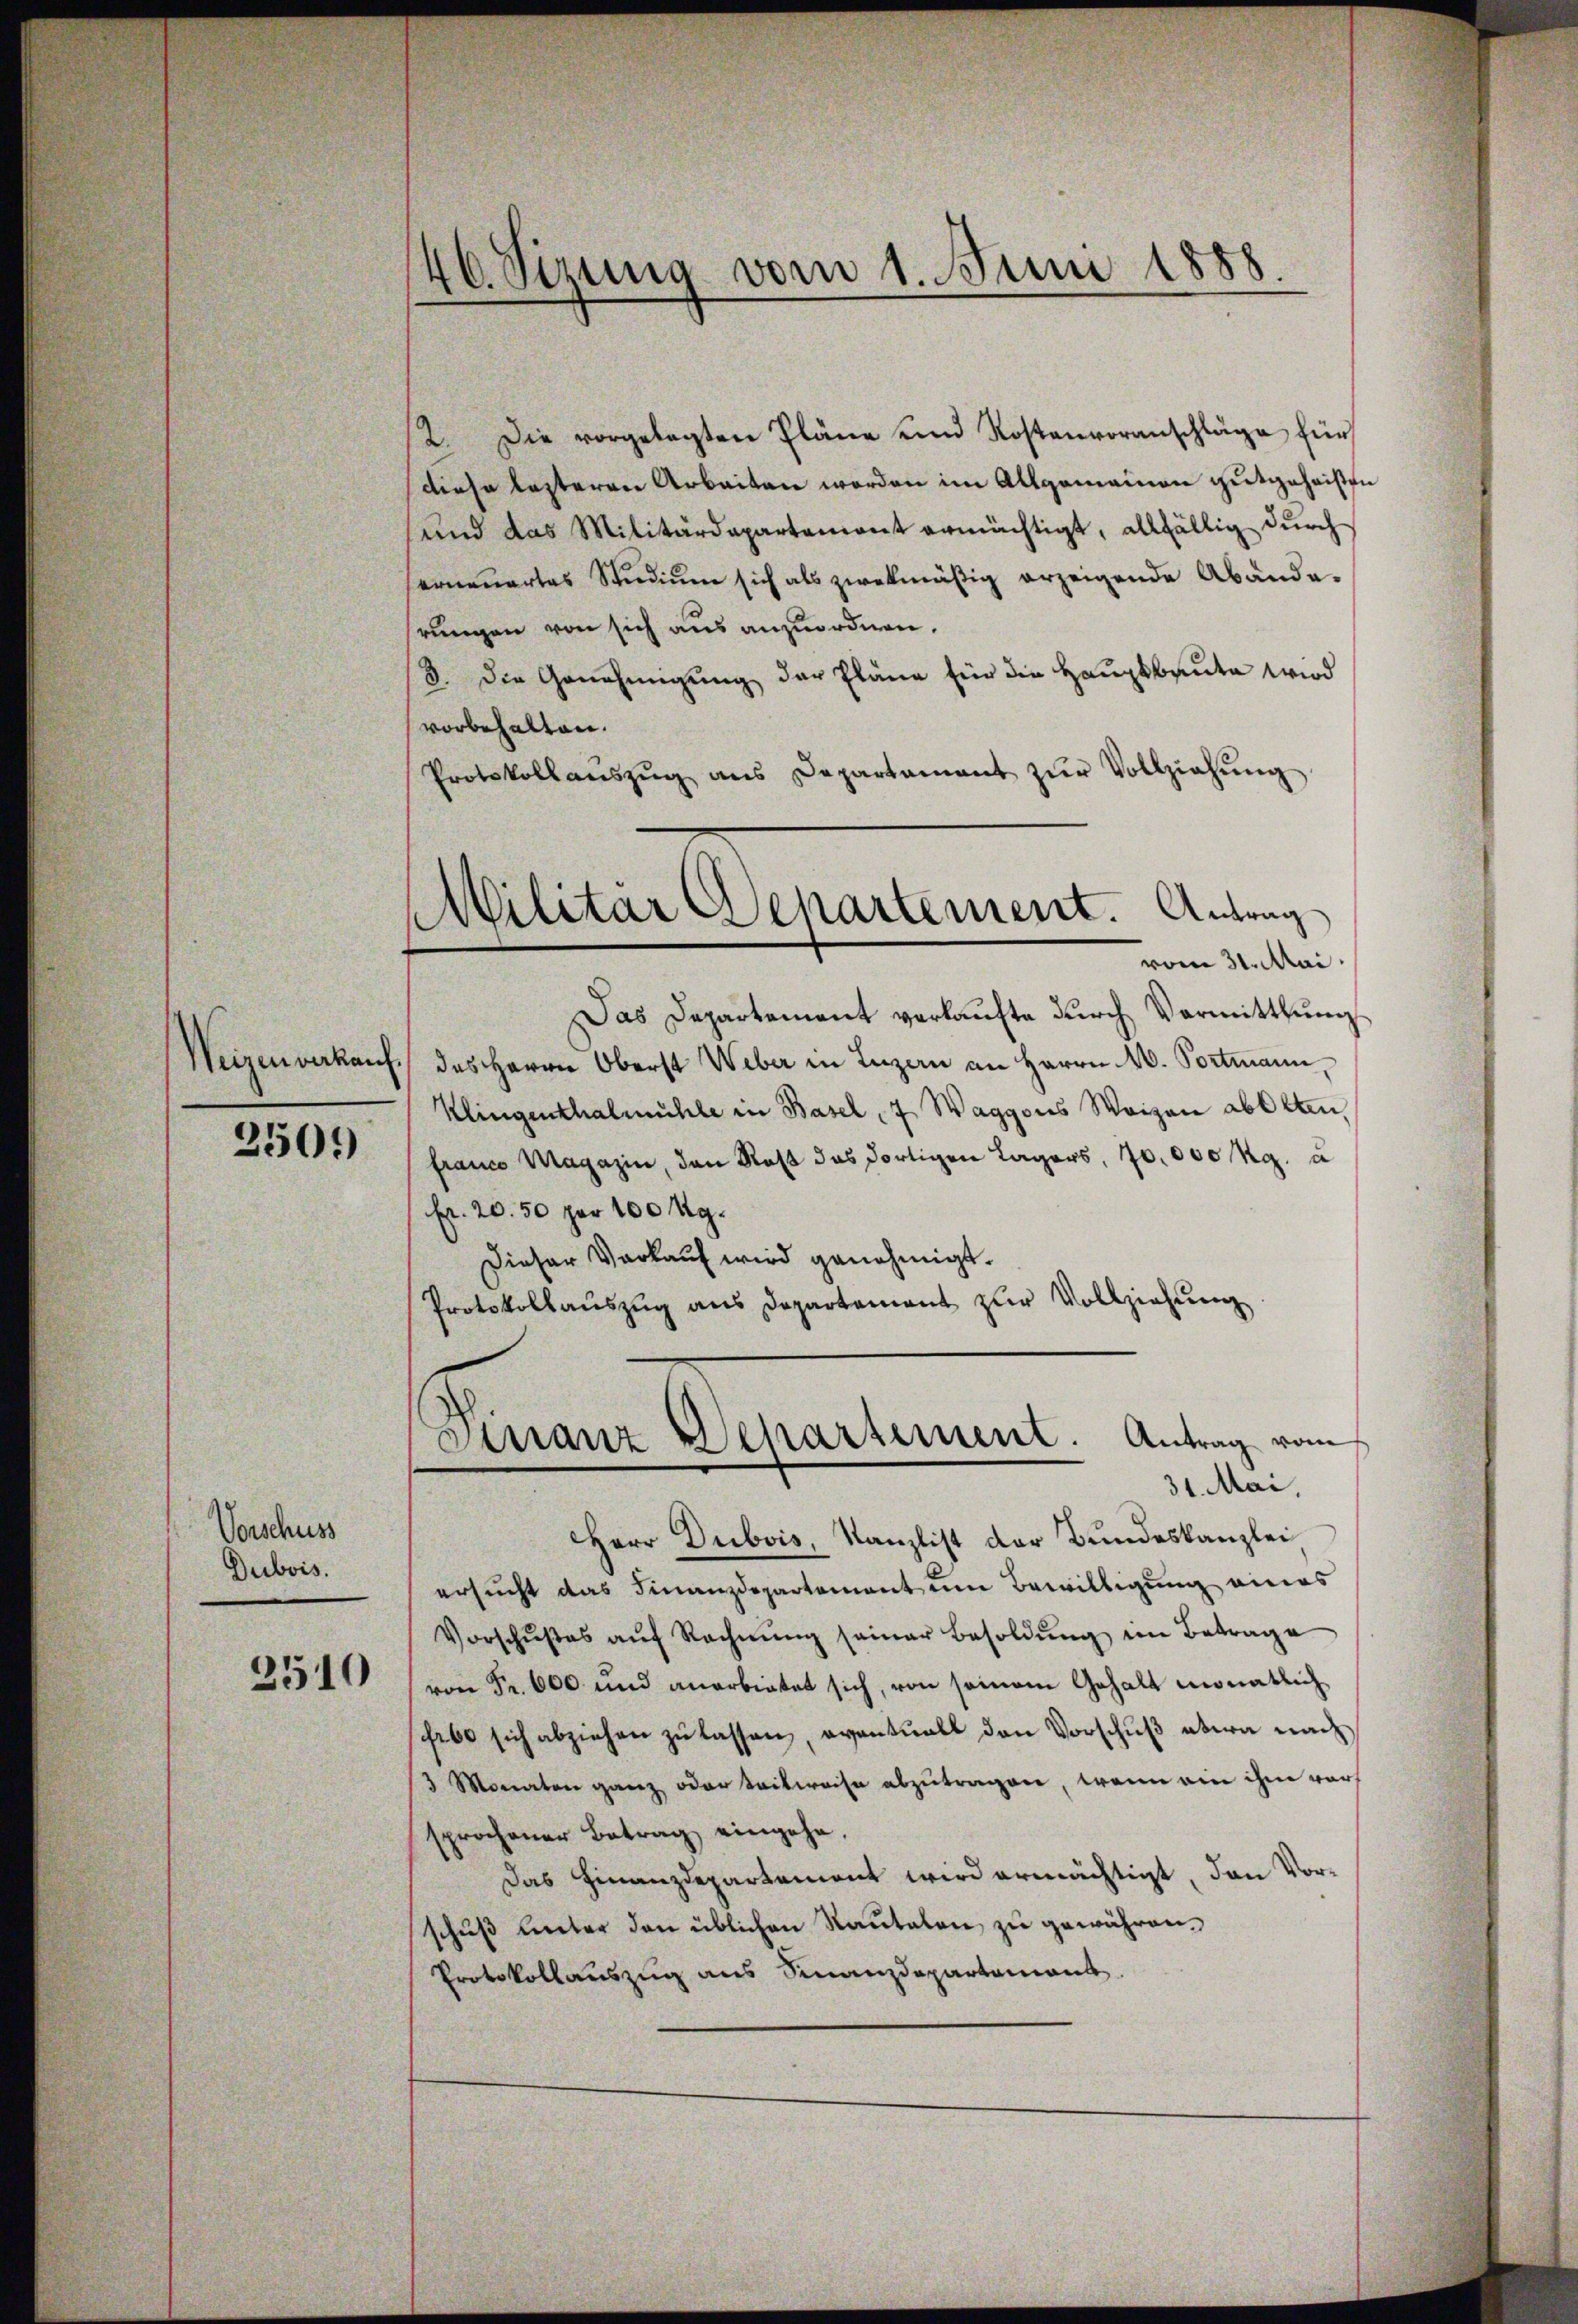
2501

Vorschuss
Dubois.

2510

46. Sizung vom 1. Juni 1888
.

2. Die vorgelegten Pläne und Kostenvoranschläge für
diese letzteren Arbeiten worden im Allgemeinen gutgeheißen
und das Militärdepartement ermächtigt, allfällig durch
serneuertes Studium sich als zwekmäßig erzeigende Abände-
srungen von sich aus anzuordnen.
8. Die Genehmigung der Pläne für die Hauptbaute wird
vorbehalten.
Protokollanszŭg ans Departament zŭr Vollziehŭng

Militär Departement. Antrag
vom 31. Mai.

Das Departement verkaufte durch Vormittlung
Weizenverkauf das Herrn Oberst Weber in Luzern an Herrn M. Portmann¬
Klingenthalmühle in Basel 7 Waggons Waizen abbeten,
franco Magazin, den Rest das dortigen Lagers, 70,000 g. u
fr. 20. 50 per 100 Kg.
Dieser Verkaŭf wird genehmigt.
Protokollauszug aus Departement zur Vollziehung

Herr Dubois, Kanzlist der Bundeskanzlei
ersucht das Finanzdepartement um Bewilligung eines
Vorschŭβes aŭf Rechnŭng seiner Besoldŭng im Betrage
von Fr. 600 und anerbietet sich, von seinem Gehalt monatlich
Erbe sich abziehen zu lassen, eventuell den Vorschuß etwa nach
3 Monaten ganz oder teilweise abzutragen, wenn ein ihm vor
sprochener Betrag eingehe.
Das Finanzdepartement wird ermächtigt, den Vorschuß unter den üblichen Rautalen zu gewähren,
Protokollauszug aus Finanzdepartemont.

Finanz Departement. Antrag vom
31. Mai,